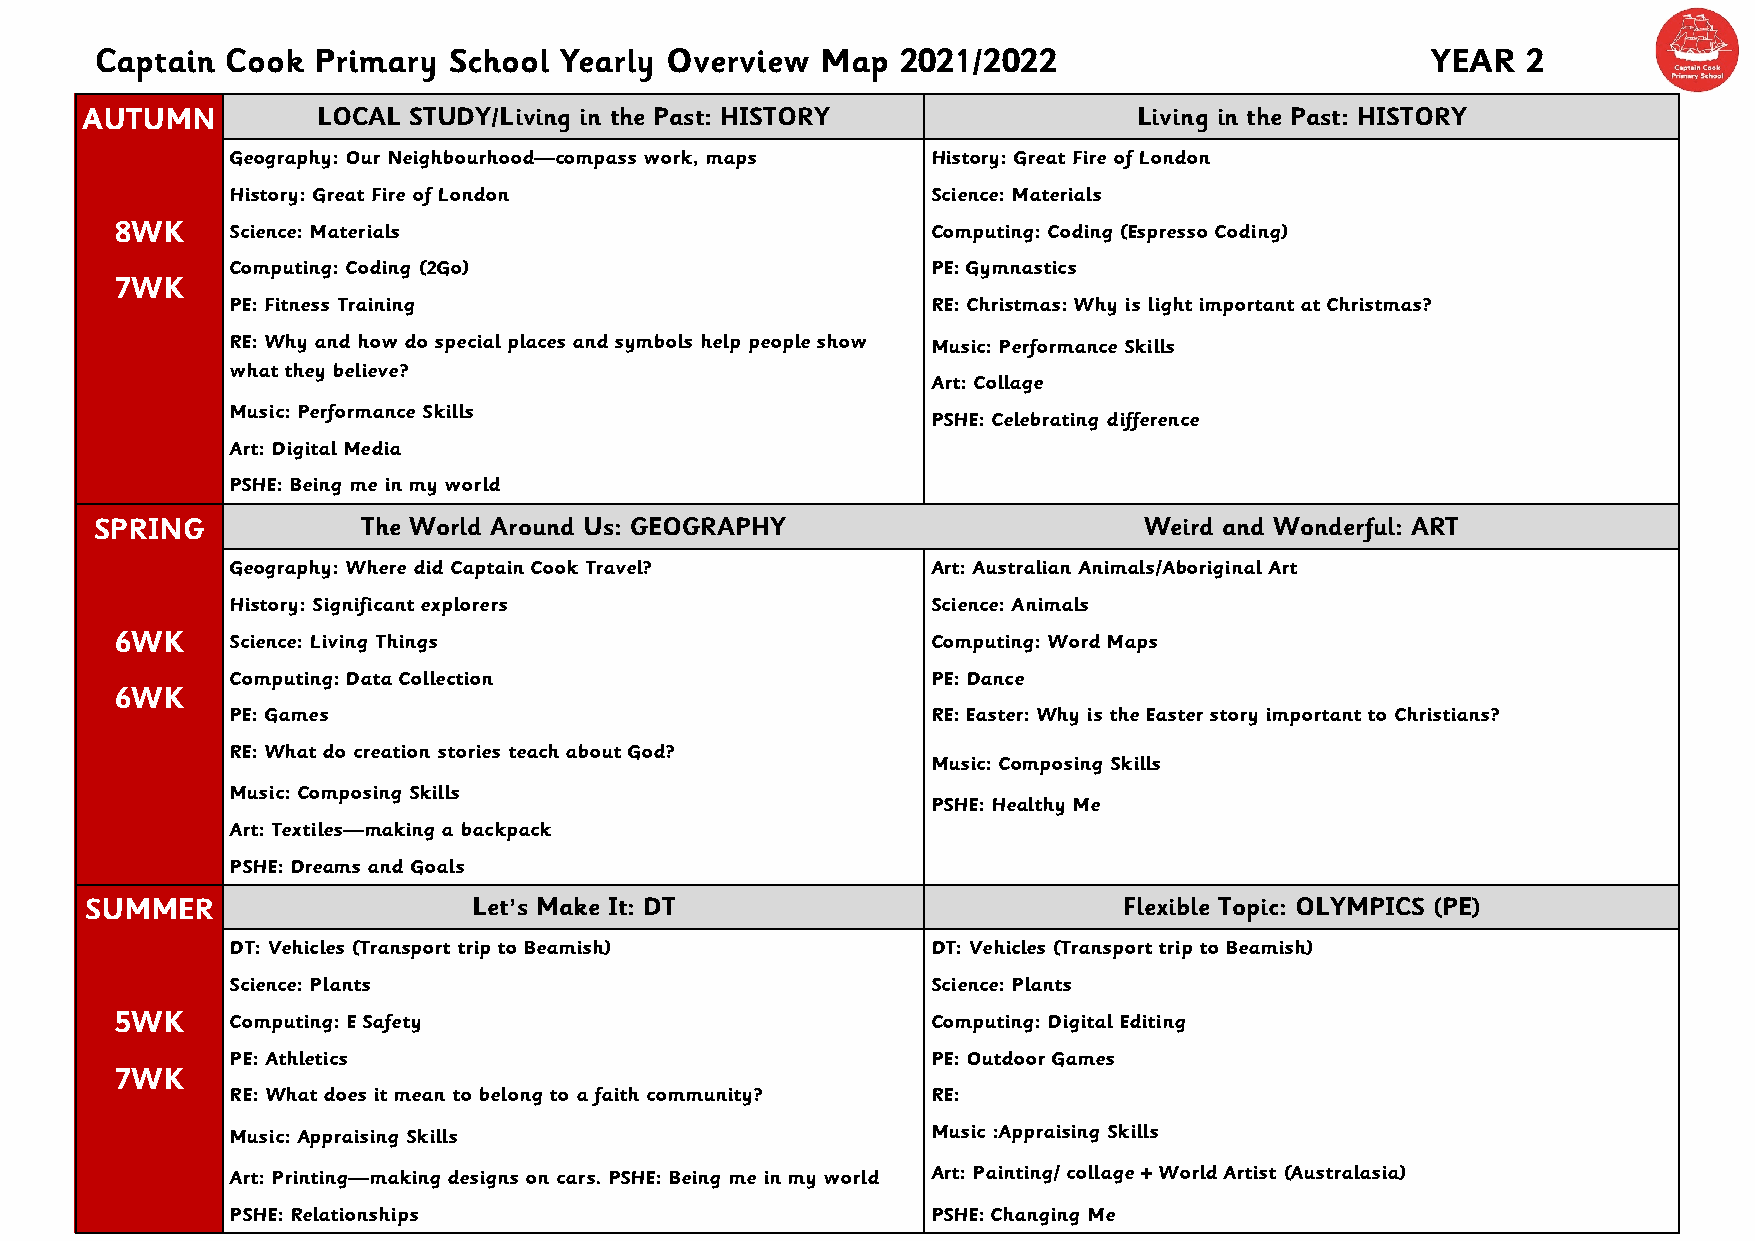
Captain  Cook  Primary  School Yearly Overview  Map   2021/2022                          YEAR  2
 AUTUMN          LOCAL STUDY/Living in the Past: HISTORY               Living in the Past: HISTORY
 Geography: Our Neighbourhood—compass work, maps History: Great Fire of London
 History: Great Fire of London                  Science: Materials
 8WK    Science: Materials                             Computing: Coding (Espresso Coding)
 Computing: Coding (2Go)                        PE: Gymnastics
 7WK
 PE: Fitness Training                           RE: Christmas: Why is light important at Christmas?
 RE: Why and how do special places and symbols help people show Music: Performance Skills
 what they believe?
 Art: Collage
 Music: Performance Skills
 PSHE: Celebrating difference
 Art: Digital Media
 PSHE: Being me in my world
 SPRING            The World Around Us: GEOGRAPHY                      Weird and Wonderful: ART
 Geography: Where did Captain Cook Travel?      Art: Australian Animals/Aboriginal Art
 History: Significant explorers                 Science: Animals
 6WK    Science: Living Things                         Computing: Word Maps
 Computing: Data Collection                     PE: Dance
 6WK
 PE: Games                                      RE: Easter: Why is the Easter story important to Christians?
 RE: What do creation stories teach about God?
 Music: Composing Skills
 Music: Composing Skills
 PSHE: Healthy Me
 Art: Textiles—making a backpack
 PSHE: Dreams and Goals
 SUMMER                   Let’s Make It: DT                          Flexible Topic: OLYMPICS (PE)
 DT: Vehicles (Transport trip to Beamish)       DT: Vehicles (Transport trip to Beamish)
 Science: Plants                                Science: Plants
 5WK    Computing: E Safety                            Computing: Digital Editing
 PE: Athletics                                  PE: Outdoor Games
 7WK
 RE: What does it mean to belong to a faith community? RE:
 Music: Appraising Skills                       Music :Appraising Skills
 Art: Printing—making designs on cars. PSHE: Being me in my world Art: Painting/ collage + World Artist (Australasia)
 PSHE: Relationships                            PSHE: Changing Me